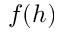
f ( h )